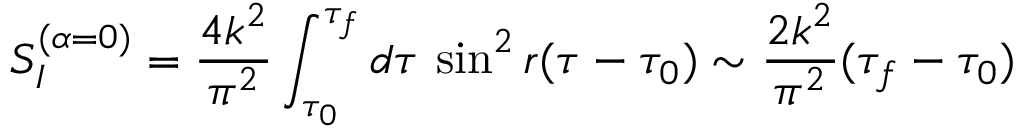
S _ { I } ^ { ( \alpha = 0 ) } = \frac { 4 k ^ { 2 } } { \pi ^ { 2 } } \int _ { \tau _ { 0 } } ^ { \tau _ { f } } d \tau { } ~ { \sin } ^ { 2 } \, r ( \tau - \tau _ { 0 } ) \sim \frac { 2 k ^ { 2 } } { \pi ^ { 2 } } ( \tau _ { f } - \tau _ { 0 } )